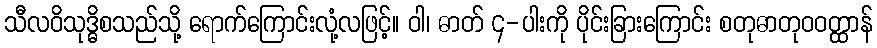
သီလဝိသုဒ္ဓိစသည်သို့ ရောက်ကြောင်းလုံ့လဖြင့်။ ဝါ၊ ဓာတ် ၄-ပါးကို ပိုင်းခြားကြောင်း စတုဓာတုဝဝတ္ထာန်